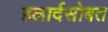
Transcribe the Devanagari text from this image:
हलार्दसोबत